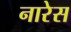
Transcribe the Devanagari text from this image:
नारेस